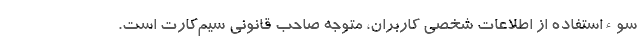
سوءاستفاده از اطلاعات شخصی کاربران، متوجه صاحب قانونی سیم‌کارت است.